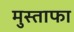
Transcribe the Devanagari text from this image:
मुस्ताफा